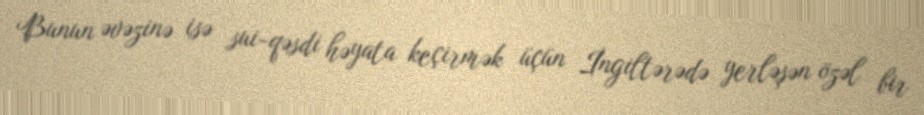
Bunun əvəzinə isə sui-qəsdi həyata keçirmək üçün İngiltərədə yerləşən özəl bir